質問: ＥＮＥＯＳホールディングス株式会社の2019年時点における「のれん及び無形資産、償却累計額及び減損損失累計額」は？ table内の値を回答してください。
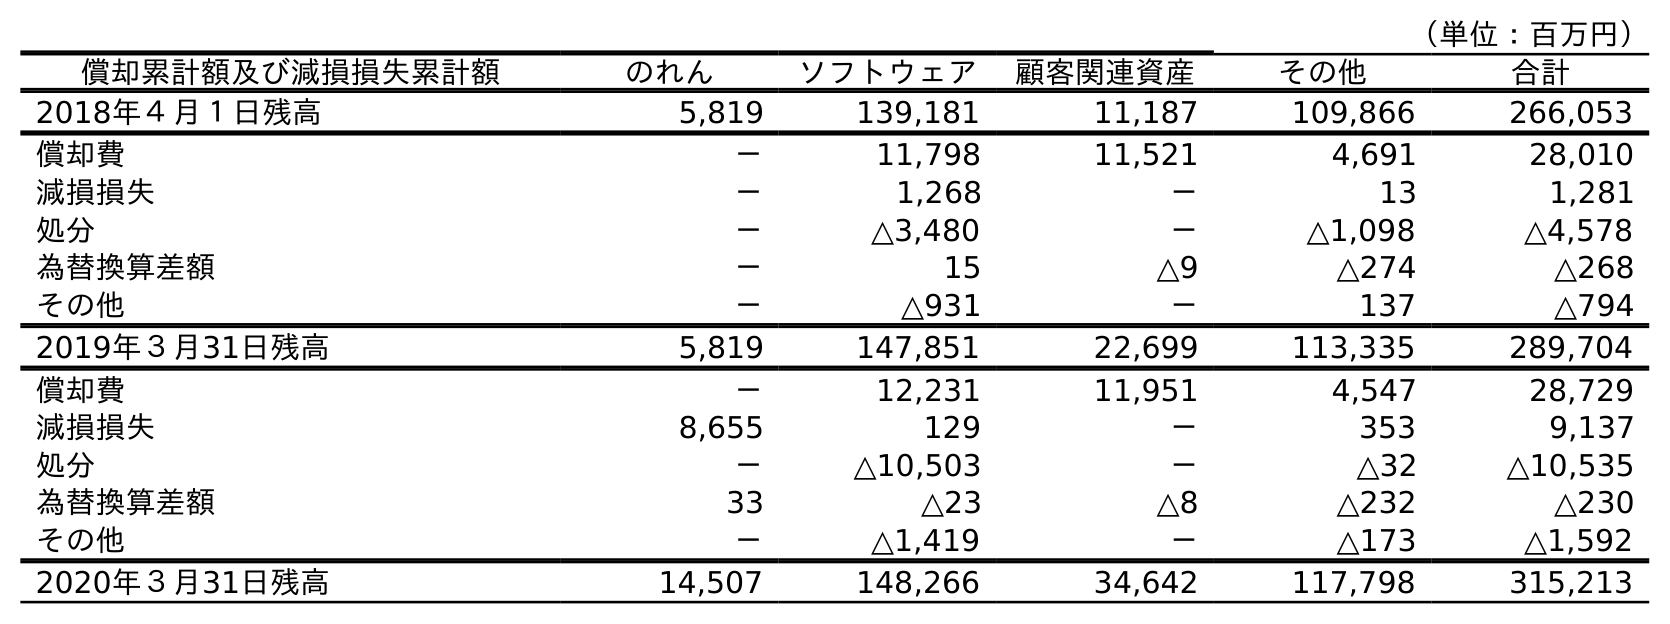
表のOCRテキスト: （単位：百万円） 償却累計額及び減損損失累計額 のれん ソフトウェア 顧客関連資産 その他 合計 2018年４月１日残高 5,819 139,181 11,187 109,866 266,053 償却費 － 11,798 11,521 4,691 28,010 減損損失 － 1,268 － 13 1,281 処分 － △3,480 － △1,098 △4,578 為替換算差額 － 15 △9 △274 △268 その他 － △931 － 137 △794 2019年３月31日残高 5,819 147,851 22,699 113,335 289,704 償却費 － 12,231 11,951 4,547 28,729 減損損失 8,655 129 － 353 9,137 処分 － △10,503 － △32 △10,535 為替換算差額 33 △23 △8 △232 △230 その他 － △1,419 － △173 △1,592 2020年３月31日残高 14,507 148,266 34,642 117,798 315,213
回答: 289,704